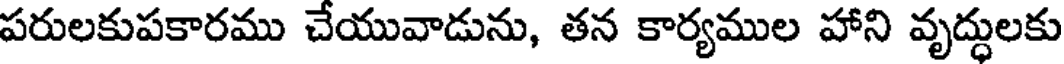
పరులకుపకారము చేయువాడును, తన కార్యముల హాని వృద్ధులకు